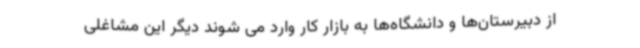
از دبیرستان‌ها و دانشگاه‌ها به بازار کار وارد می شوند دیگر این مشاغلی